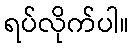
ရပ်လိုက်ပါ။